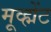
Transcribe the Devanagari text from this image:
मूव्ह्मेंट